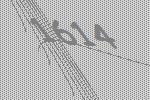
1614